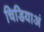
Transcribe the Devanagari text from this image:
चिडियाअं